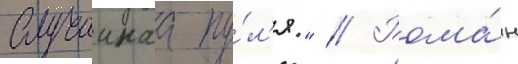
Случаинаа пу́л'я." // Рома́н